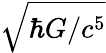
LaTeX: \sqrt{\hbar G/c^{5}}